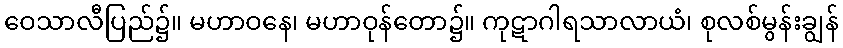
ဝေသာလီပြည်၌။ မဟာဝနေ၊ မဟာဝုန်တော၌။ ကုဋာဂါရသာလာယံ၊ စုလစ်မွန်းချွန်